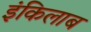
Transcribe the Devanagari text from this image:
इंकिलाब